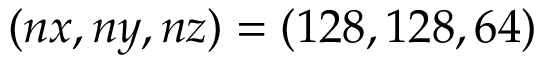
( n x , n y , n z ) = ( 1 2 8 , 1 2 8 , 6 4 )